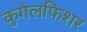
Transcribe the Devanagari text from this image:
कुगेलफिशर